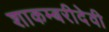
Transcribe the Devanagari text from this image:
शाकम्बरीदेवी